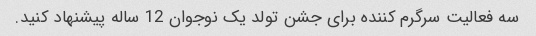
سه فعالیت سرگرم کننده برای جشن تولد یک نوجوان 12 ساله پیشنهاد کنید.